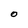
Character: O